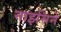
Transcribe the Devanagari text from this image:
नाइसिने